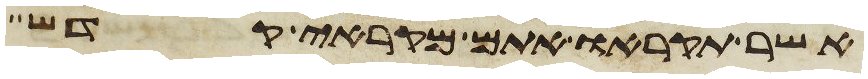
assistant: אשר תקראו אתם מקראי קדש